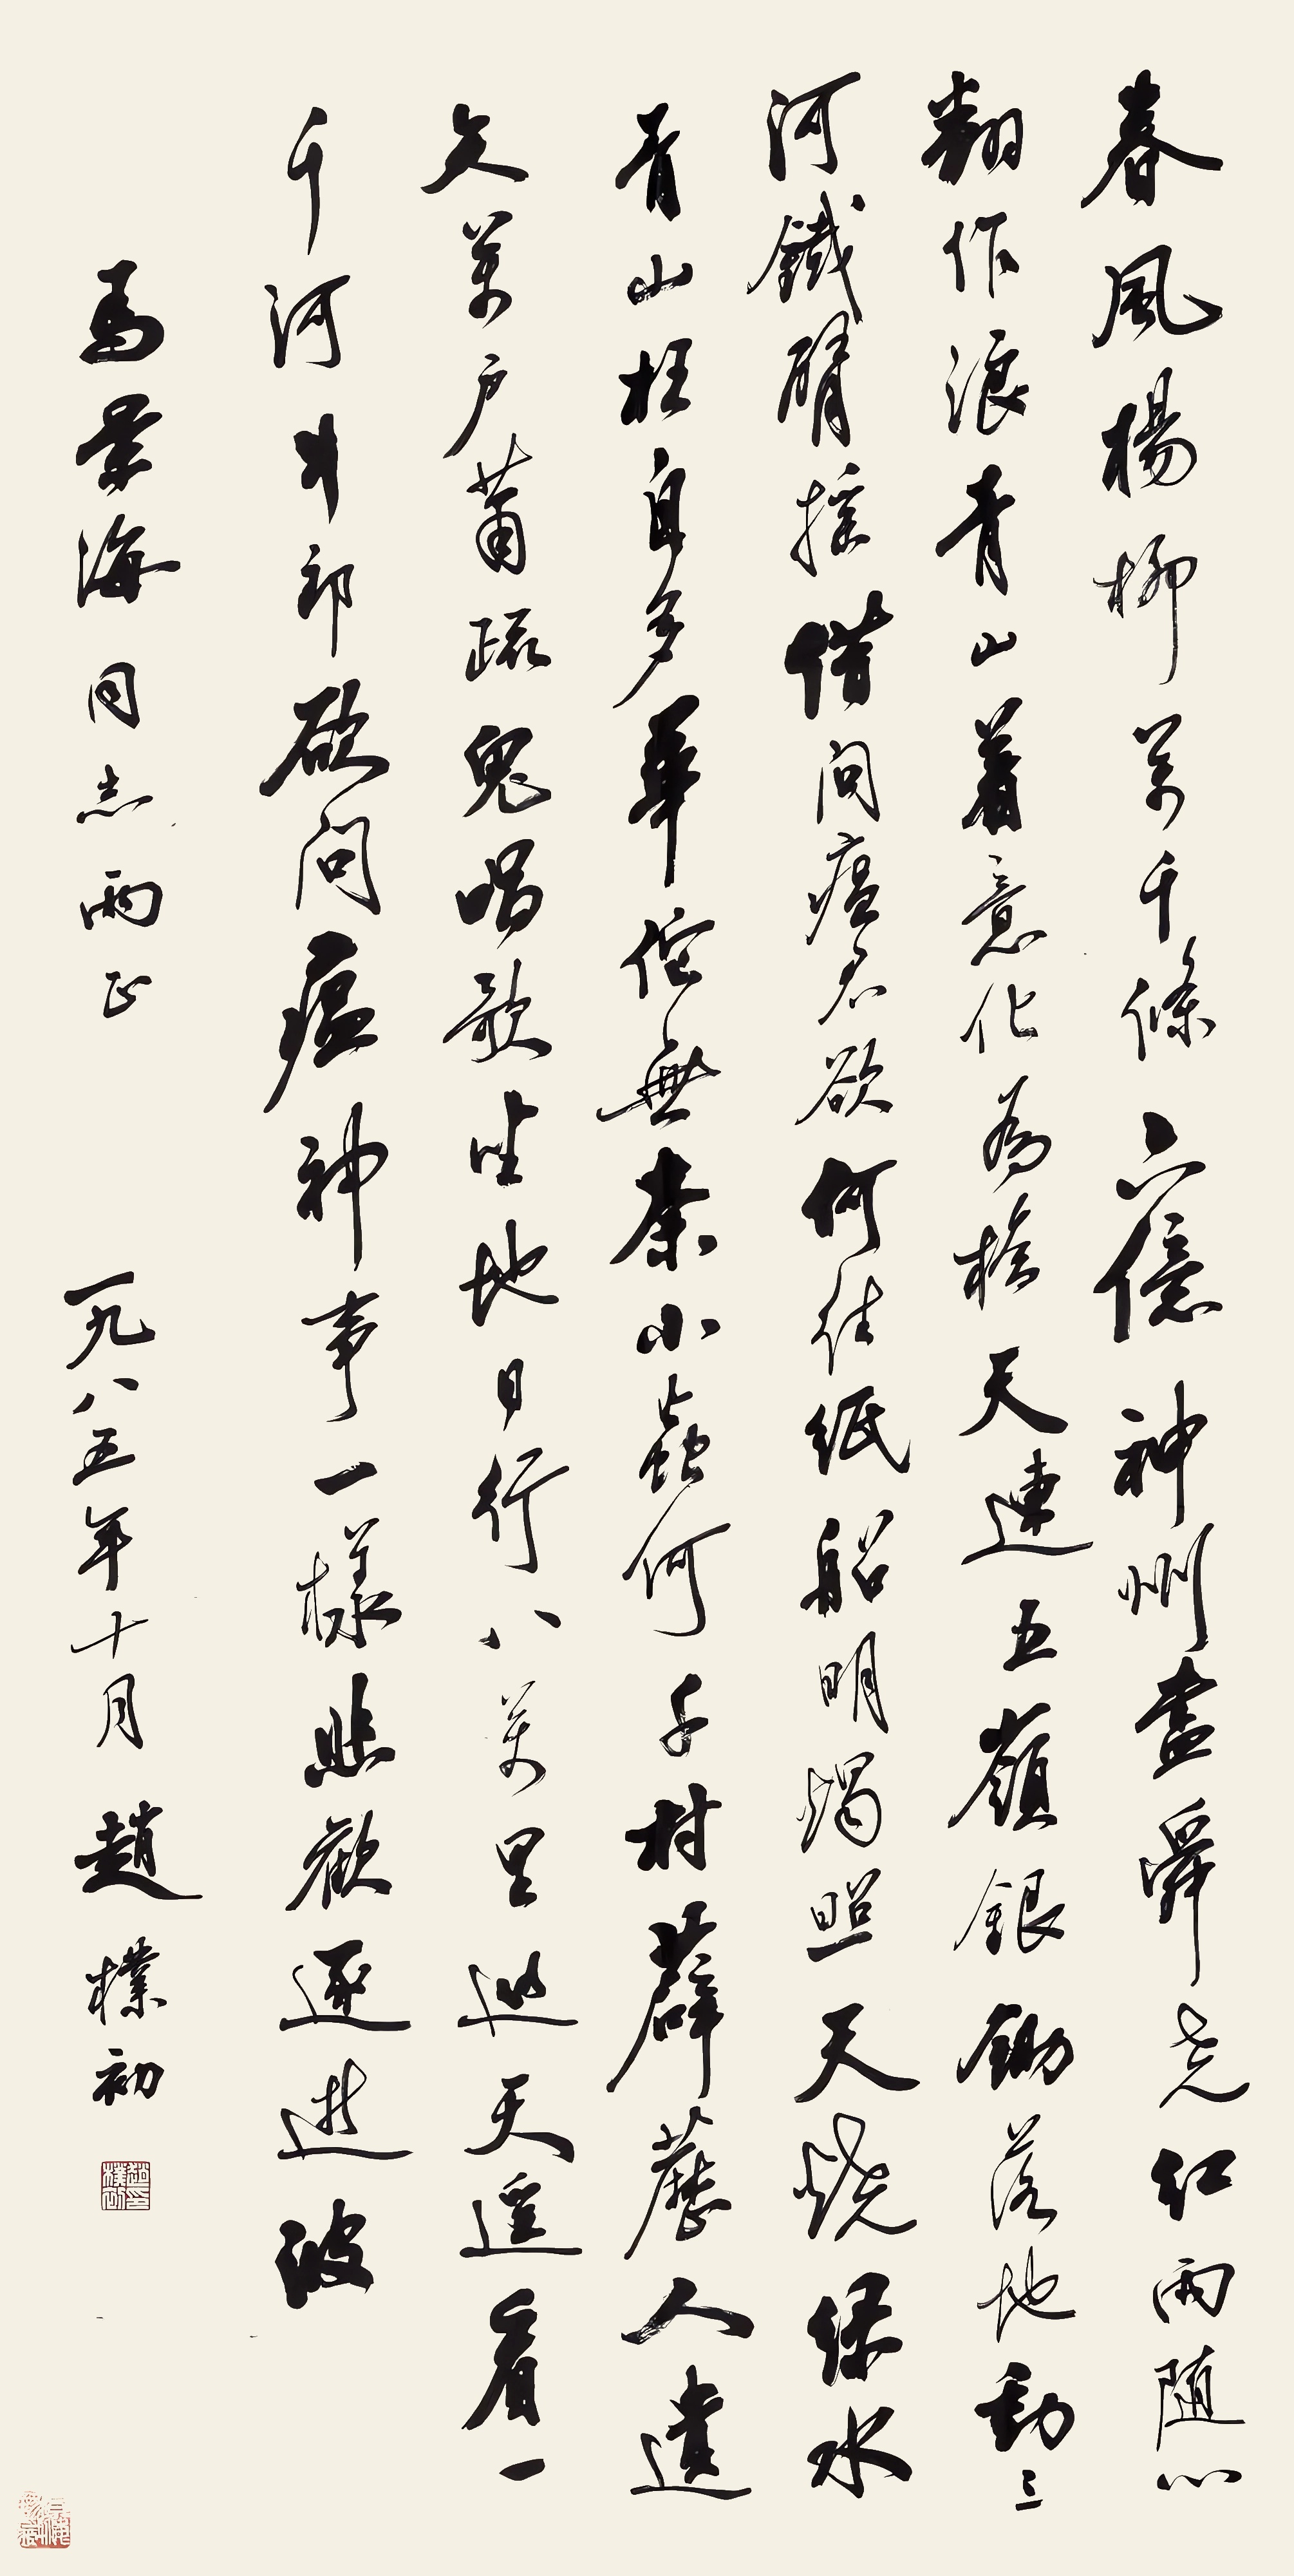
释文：春风杨柳万千条，六亿神州尽舜尧。红雨随心翻作浪，青山着意化为桥。天连五岭银锄落，地动三河铁臂摇。借问瘟君欲何往，纸船明烛照天烧。绿水青山枉自多，华佗无奈小虫何。千村薜荔人遗矢，万户萧疏鬼唱歌。坐地日行八万里，巡天遥看一千河。牛郎欲问瘟神事，一样悲欢逐逝波。马景海同志两正，一九八五年十月。赵朴初。